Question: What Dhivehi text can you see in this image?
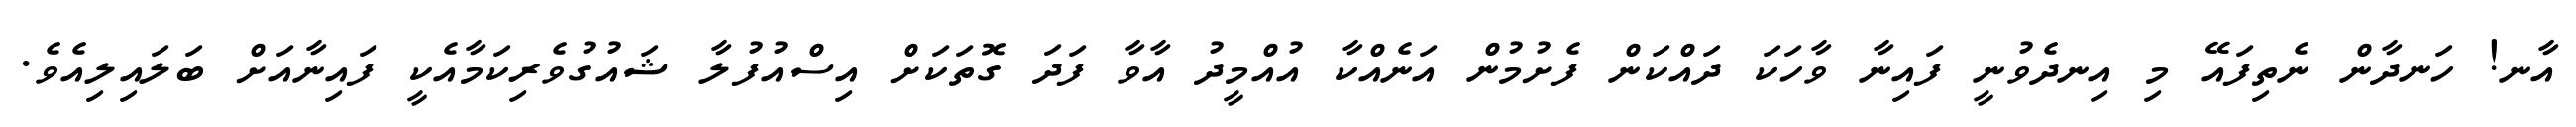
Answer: އާނ! ހަނދާން ނެތިފައޭ މި އިނދެވުނީ ފައިނާ ވާހަކަ ދައްކަން ފެށުމުން އަނެއްކާ އުއްމީދު އާވާ ފަދަ ގޮތަކަށް އިސްއުފުލާ ޝައުގުވެރިކަމާއެކީ ފައިނާއަށް ބަލައިލިއެވެ.